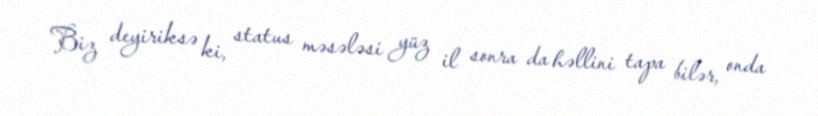
Biz deyiriksə ki, status məsələsi yüz il sonra da həllini tapa bilər, onda